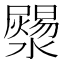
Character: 𤂞